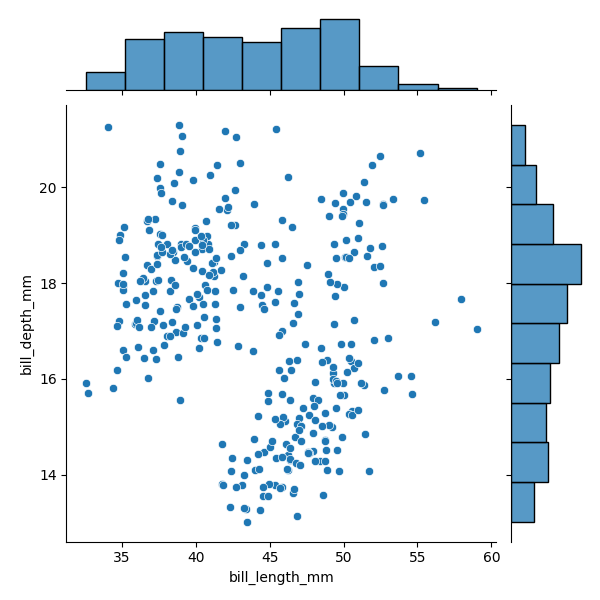
python, seaborn, JointGrid, scatterplot, histplot